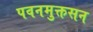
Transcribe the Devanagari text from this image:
पवनमुक्तसन